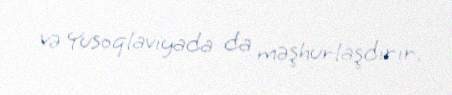
və Yusoqlaviyada da məşhurlaşdırır.